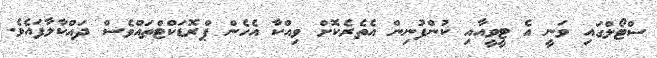
ސްޓޯލްގައި ވަނީ އެ ޓީވީއާއި ކުންފުނިން އެތެރެކޮށް ވިއްކާ އެހެން ޕްރޮޑަކްޓްތައްވެސް ދައްކާލާފައެވެ.